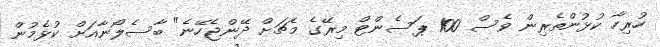
ހުރިހާ ކުޅުންތެރިން ވެސް 100 ޕަސެންޓް މިރޭގެ މެޗަށް ދޭންޖެހޭނެ" ބާސެލޯނާއަށް ކުޅެމުން